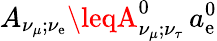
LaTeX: A_{\nu_{\mu};\nu_{\mathrm{e}}}\leqA_{\nu_{\mu};\nu_{\tau}}^{0}\, a_{\mathrm{e}}^{0}